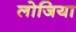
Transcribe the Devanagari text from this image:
लोजिया